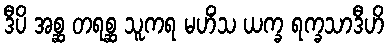
ဒီပိ အစ္ဆ တရစ္ဆ သူကရ မဟိံသ ယက္ခ ရက္ခသာဒီဟိ